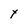
Character: Y